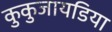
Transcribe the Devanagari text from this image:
कुकुजायडिया